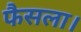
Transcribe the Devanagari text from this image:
फैसला।